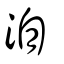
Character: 灞